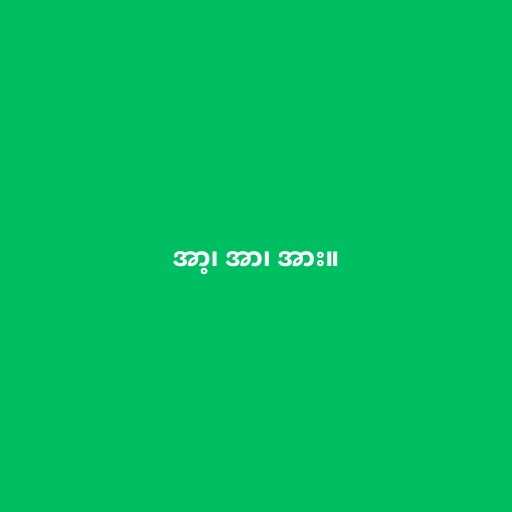
အာ့၊ အာ၊ အား။